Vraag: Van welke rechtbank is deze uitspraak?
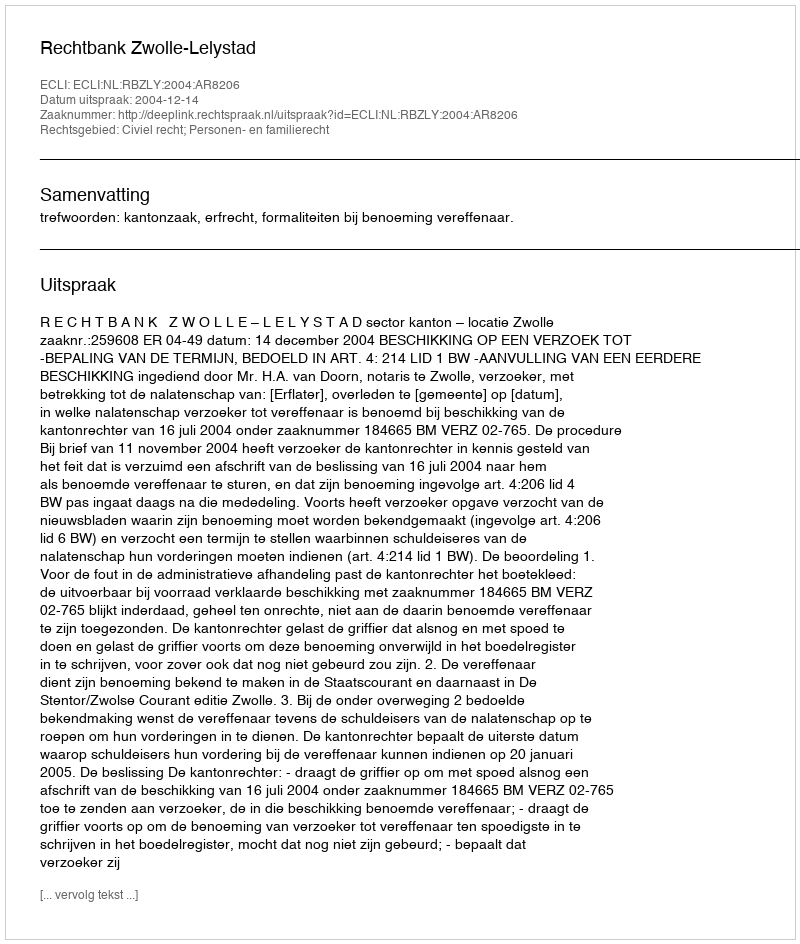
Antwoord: Rechtbank Zwolle-Lelystad